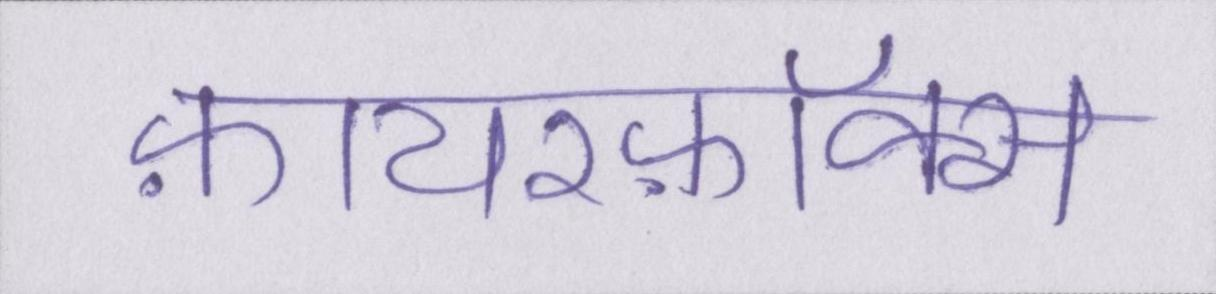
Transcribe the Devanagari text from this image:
फ़ायरफ़ॉक्स